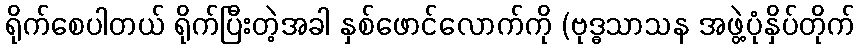
ရိုက်စေပါတယ် ရိုက်ပြီးတဲ့အခါ နှစ်ဖောင်လောက်ကို (ဗုဒ္ဓသာသန အဖွဲ့ပုံနှိပ်တိုက်